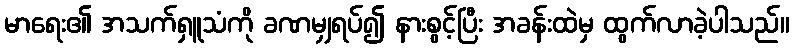
မာရေး၏ အသက်ရှူသံကို ခဏမျှရပ်၍ နားစွင့်ပြီး အခန်းထဲမှ ထွက်လာခဲ့ပါသည်။